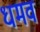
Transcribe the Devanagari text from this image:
धमव